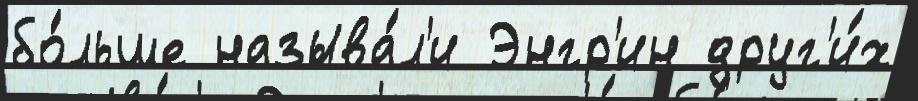
бо́льше называ́л'и Энгр'ин друг'и́х